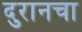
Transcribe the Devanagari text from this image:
दुरानचा